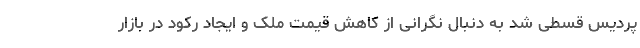
پردیس قسطی شد به دنبال نگرانی از کاهش قیمت ملک و ایجاد رکود در بازار